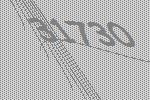
31730